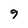
Character: 9